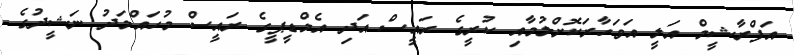
އަފްރާޝީމް އަލީ އަވަހާރަކޮށްލުމާއި ކުރީގެ ރައީސް އަދި އެމްޑީޕީގެ ރައީސް މުހައްމަދު ނަޝީދުގެ